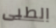
الطبى